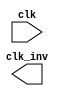
// SPDX-License-Identifier: Apache-2.0
// Copyright (C) 2019 Intel Corporation. All rights reserved
//-----------------------------------------------------------------------------
//  Clock inverter macro
//-----------------------------------------------------------------------------

module altr_hps_ckinv (
  clk,
  clk_inv
);

// -------------------
// Port declarations
// -------------------

input clk;
output clk_inv;

// -----
// RTL
// -----

`ifdef ALTR_HPS_INTEL_MACROS_OFF
assign clk_inv = !clk;

`else



`endif

endmodule